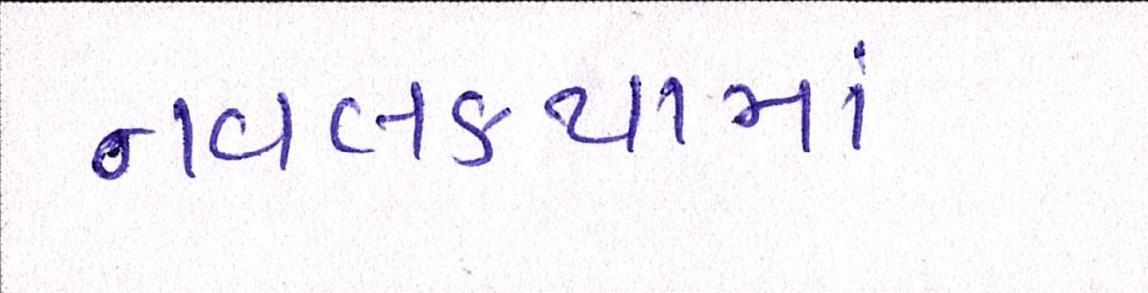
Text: નવલકથામાં